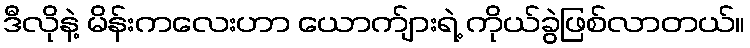
ဒီလိုနဲ့ မိန်းကလေးဟာ ယောက်ျားရဲ့ ကိုယ်ခွဲဖြစ်လာတယ်။